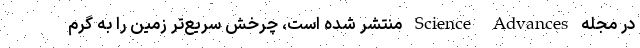
در مجله Science Advances منتشر شده است، چرخش سریع‌تر زمین را به گرم